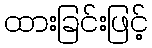
ထားခြင်းဖြင့်